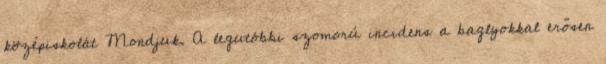
középiskolát Mondjuk. A legutóbbi szomorú incidens a baglyokkal erősen